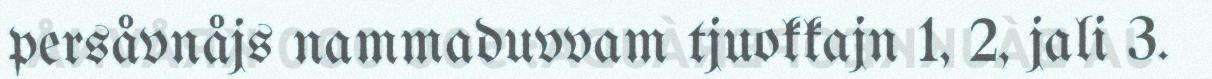
persåvnåjs nammaduvvam tjuokkajn 1, 2, jali 3.